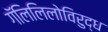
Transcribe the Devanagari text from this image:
गॅलिलिलोविरुद्ध